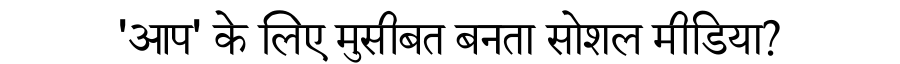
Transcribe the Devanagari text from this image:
'आप' के लिए मुसीबत बनता सोशल मीडिया?